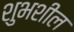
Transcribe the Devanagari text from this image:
शुभशील